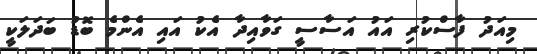
މިއަދު ފާސްކުރި އައު އަސާސީ ގަވާއިދާ އެކު އައި އެންމެ ބޮޑު ބަދަލަކީ